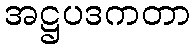
အဋ္ဌပဒကတာ